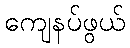
ကျေနပ်ဖွယ်